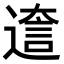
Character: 𨕺